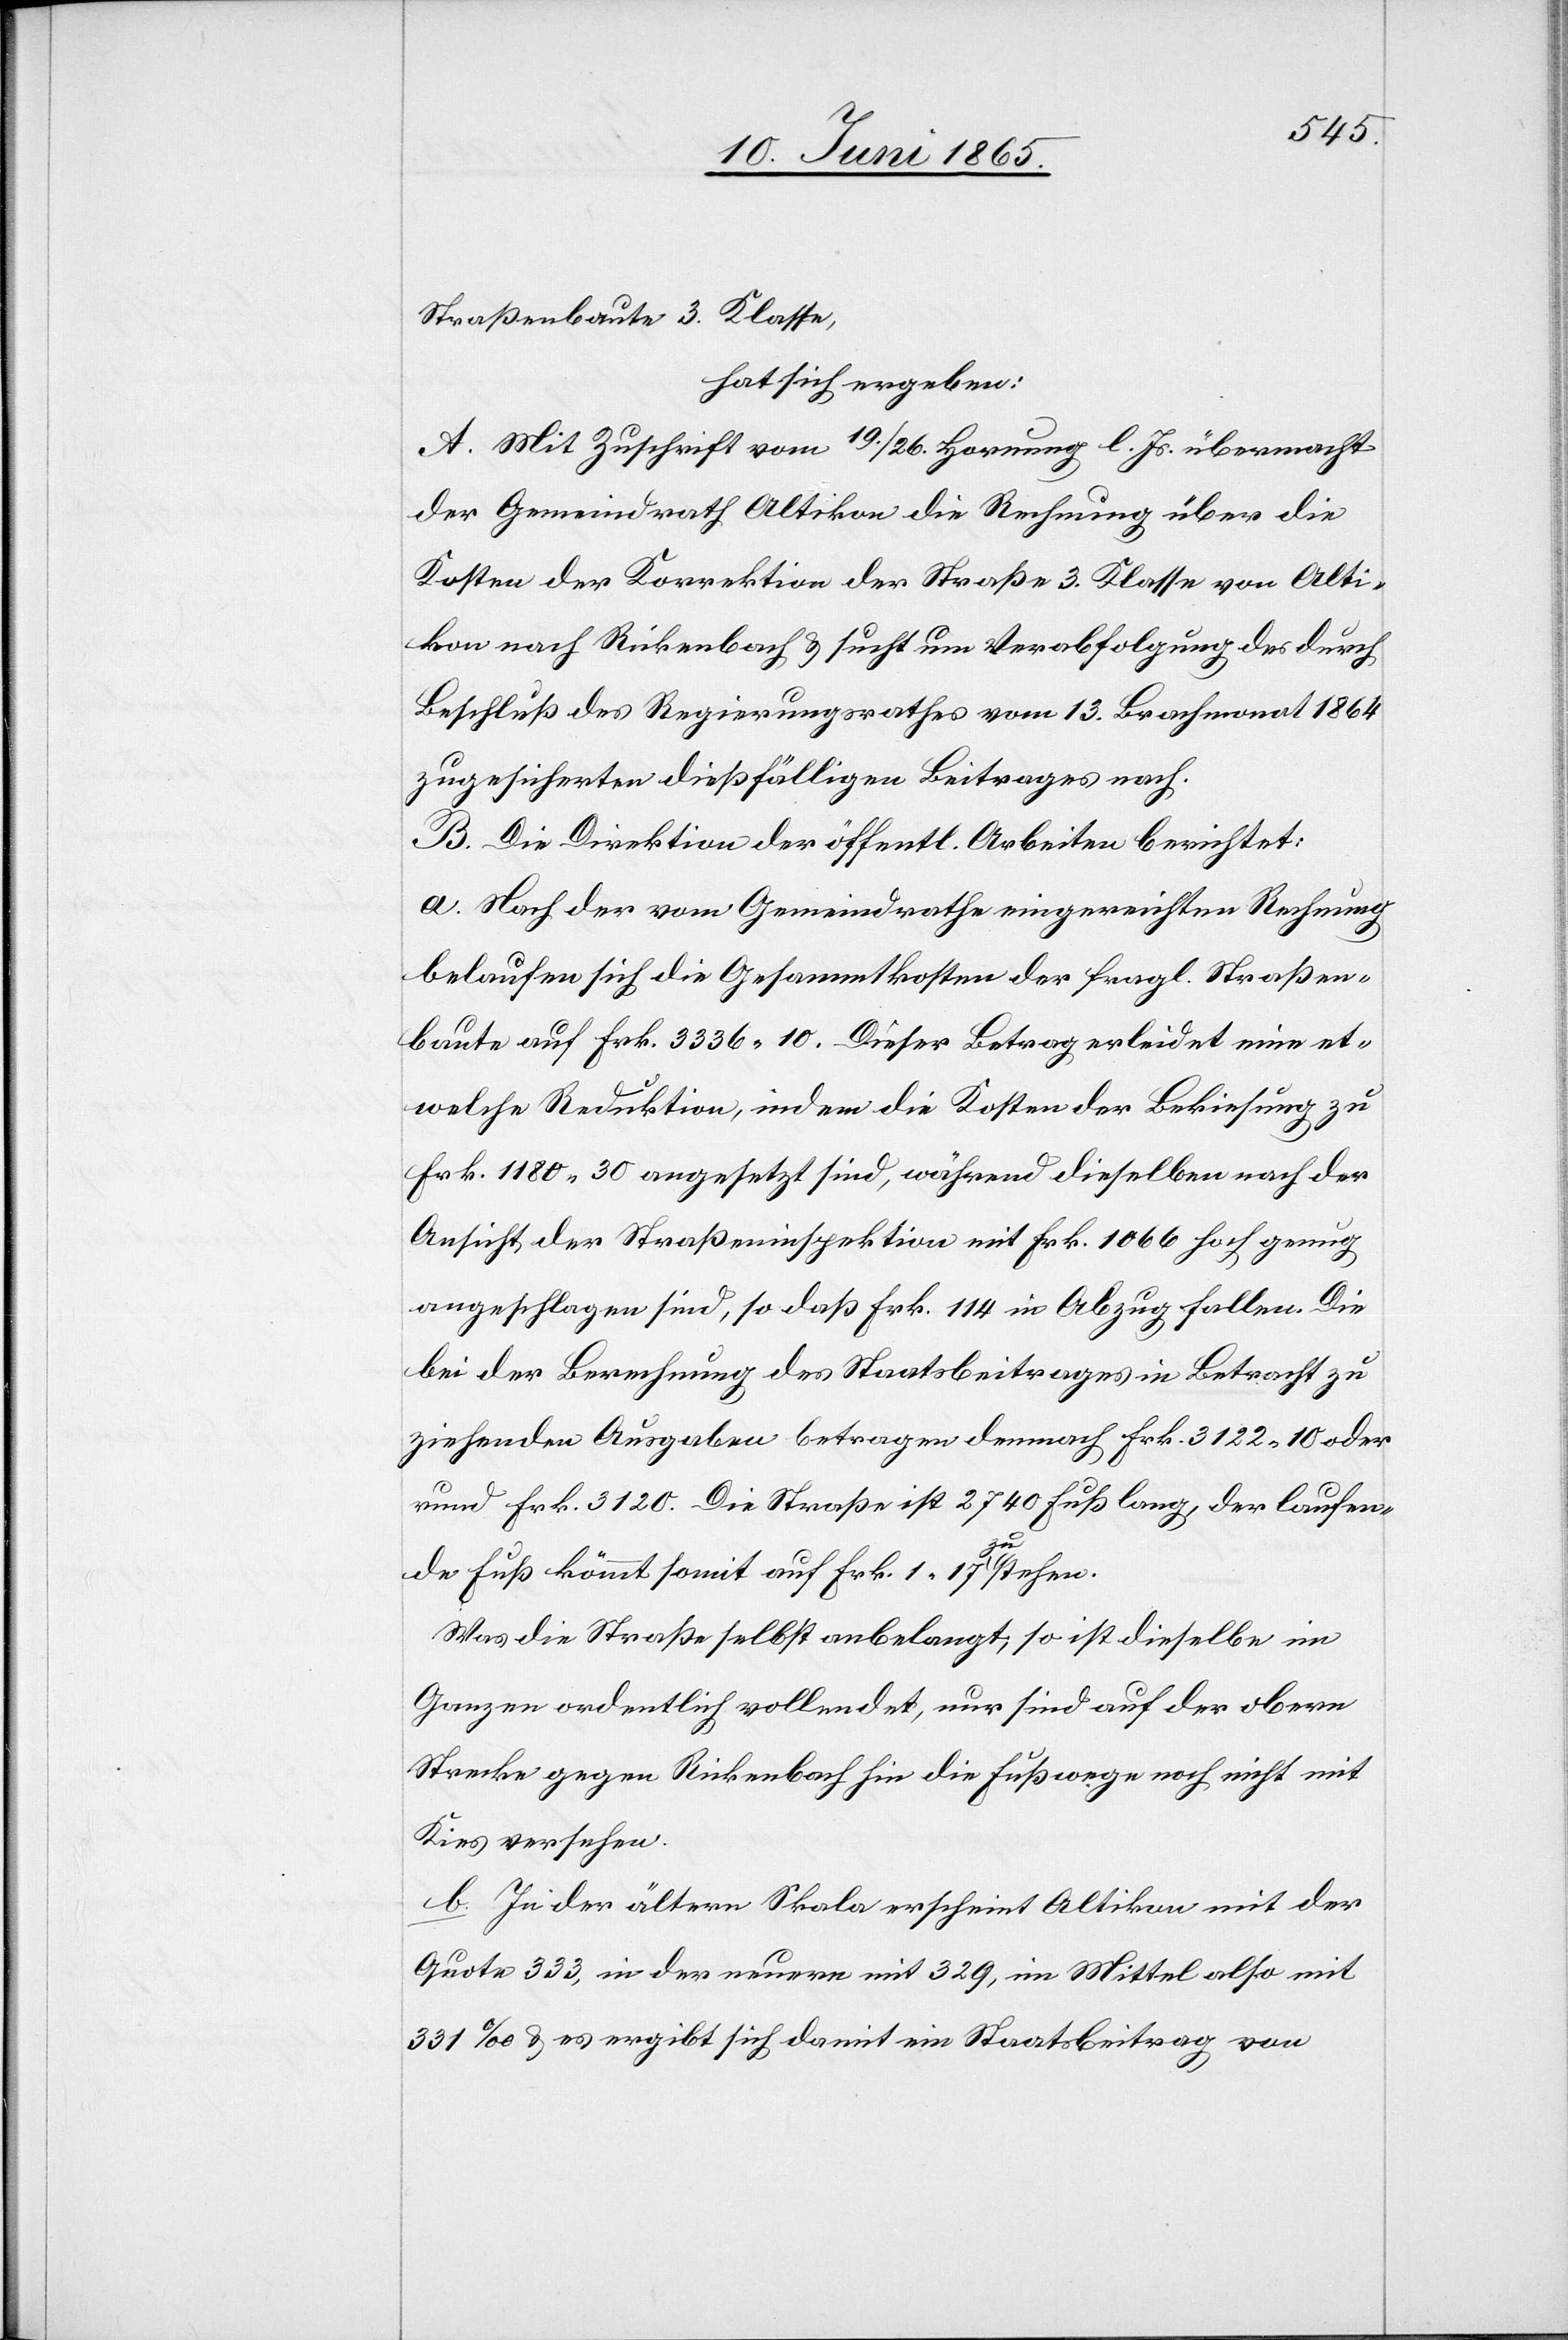
Straßenbaute 3. Klasse,
hat sich ergeben:
A. Mit Zuschrift vom 19./26. Hornung l. Js. übermacht
der Gemeindrath Altikon die Rechnung über die
Kosten der Korrektion der Straße 3. Klasse von Alti¬
kon nach Rickenbach & sucht um Verabfolgung des durch
Beschluß des Regierungsrathes vom 13. Brachmonat 1864
zugesicherten dießfälligen Beitrages nach.
B. Die Direktion der öffentl. Arbeiten berichtet:
a. Nach der vom Gemeindrathe eingereichten Rechnung
belaufen sich die Gesammtkosten der fragl. Straßen¬
baute auf Frk. 3336 10. Dieser Betrag erleidet eine et¬
welche Reduktion, indem die Kosten der Bekiesung zu
Frk. 1180 30 angesetzt sind, währen dieselben nach der
Ansicht der Straßeninspektion mit Frk. 1066 hoch genug
angeschlagen sind, so daß Frk. 114 in Abzug fallen. Die
bei der Berechnung des Staatsbeitrages in Betracht zu
ziehenden Ausgaben betragen demnach Frk. 3122 10 oder
rund Frk. 3120. Die Straße ist 2740 Fuß lang, der laufen¬
de Fuß kömmt somit auf Frk. 1 17 zu stehen.
Was die Straße selbst anbelangt, so ist dieselbe im
Ganzen ordentlich vollendet, nur sind auf der obern
Strecke gegen Rickenbach hin die Fußwege noch nicht mit
Kies versehen.
b. In der ältern Skala erscheint Altikon mit der
Quote 333, in der neuern mit 329, im Mittel also mit
331 ‰ & es ergibt sich damit ein Staatsbeitrag von